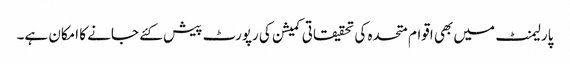
پارلیمنٹ میں بھی اقوام متحدہ کی تحقیقاتی کمیشن کی رپورٹ پیش کئے جانے کا امکان ہے۔